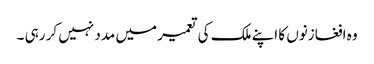
وہ افغازنوں کا اپنے ملک کی تعمیر میں مدد نہیں کر رہی ۔